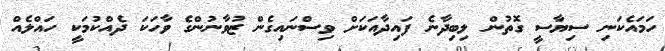
ހަމައެކަނި ސިޔާސީ ގޮތުން ލިބިދާނެ ފައިދާއަކަށް ވިސްނައިގެން ޒުވާނުންގެ ވާހަކަ ދެއްކުމަކީ ހައްލެއް